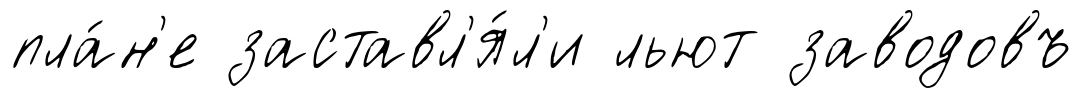
пла́н'е заставл'я́л'и льют заводовъ